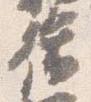
脩